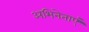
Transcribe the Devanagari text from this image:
अभिनेताएं